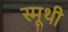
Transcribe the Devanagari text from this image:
स्मूथी